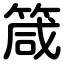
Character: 箴